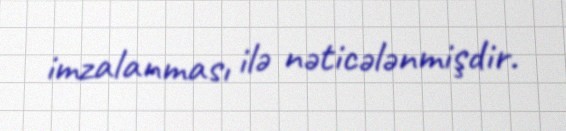
imzalanması ilə nəticələnmişdir.